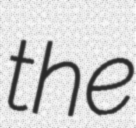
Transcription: the